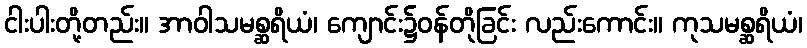
ငါးပါးတို့တည်း။ အာဝါသမစ္ဆရိယံ၊ ကျောင်း၌ဝန်တိုခြင်း လည်းကောင်း။ ကုသမစ္ဆရိယံ၊